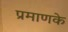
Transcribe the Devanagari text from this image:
प्रमाणके